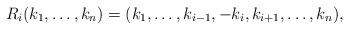
LaTeX: \begin{align*}R_i(k_1,\dots,k_n)=(k_1,\dots,k_{i-1},-k_i,k_{i+1},\dots,k_n),\end{align*}